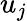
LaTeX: u_{j}